Papaver somniferum - Opium : an extract from the sixth volume of the Dictionary of Economic Products of India
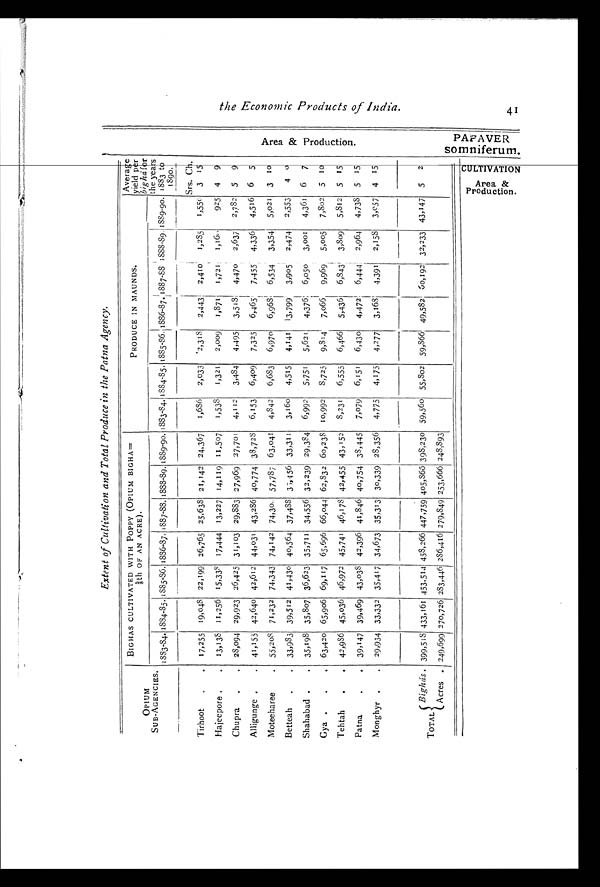
Extent of Cultivation and Total Produce in the Patna Agency.
OPIUM
SUB-AGENCIES.
BIGHAS CULTIVATED WITH POPPY (OPIUM BIGHA=
§
t h O F A N A C R E ) .
PRODUCE IN MAUNDS.
Average
yield per
bigha for
1883-84. 1884-85. 1885-86. 1886-87. 1887-88. 1888-89. 1889-90. 1883-84. 1884-85.
1 8 8 5 - 8 6
1885-86.
1887-
8 8
1888-89 1889-90.
the yeas
1883 to
1890.
Tirhoot
Hajeepore
Chupra
Alligunge
Moteeharee
Betteah
Shahabad
Gya
Tehtah
Patna
Monghyr
Bighás
TOTAL
Acres
17,255
13,138
23,094
41 , 1 55
55,208
33,983
35,198
63,420
42,986
39, 1 47
29,934
19,048
11,256
29,923
42,640
71,232
39,5 12
35,8o7
65,906
45,036
39,469
33,332
22,199
15,338
26,425
42,6 12
74,343
41,430
36,623
69,117
46,972
43,038
35,4 1 7
26, 765
1 7,444
31,103
44 , 031
74, 1 42
40,564
35,711
65,696
45,741
42,396
34,673
25,638
13,227
29,383
43,236
74,30
37,488
34,556
66,044
46,178
41,846
35,313
21,142
14,119
27,969
40,774
57,78 7
37,456
32,239
62,832
42,455
40,754
30,339
24,367
11,507
27,701
38,728
6 3, 04 1
33,3 11
29,384
60,238
43,152
38,445
28,356
1,686
1,538
4,112
6,153
4,84 2
3,160
6,992
10,992
8,23 1
7,079
4,775
2,033
1,321
3,484
6,409
6,683
4,515
5,751
3,725
6,555
6,151
4, 1 75
2,318
2,009
4,495
7,3 25
6,970
4,141
5,621
9,81 4
6,466
6,430
4,277
2,443
1,87
3,5 13
6,465
6,968
3,799
4,376
7, 06
5,436
4,472
3,163
2,410
1,721
4,470
7,455
6,534
3,905
6,050
9,969
6,843
6,444
4,391
1,285
1,16
2,637
4,336
3,354
2,474
3,001
5,005
3,809
2,964
2,158
1,551
925
2,782
4,516
5,021
2,553
4,361
7,802
5,8 12
4,738
3,057
Srs. Ch.
3 15
4 9
5 9
6 5
3 1 0
4 0
6 7
5 10
5 15
5 15
4 15
399,5 18
249,699
433,161
2 7°,726
453,514
283,446
453,266
286,416
447,759
279,849
405, 866
253,666
398,2 30
248,893
59,560 55,802 59,8661 49,582 60,192 32,233 43, 1 47 5 2